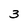
Character: 3